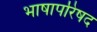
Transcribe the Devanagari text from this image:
भाषापरिषद